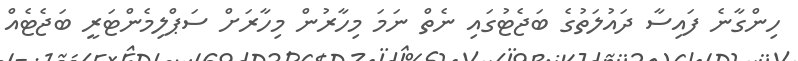
ހިންގާނެ ފައިސާ ދައުލަތުގެ ބަޖެޓުގައި ނެތް ނަމަ މިހާރުން މިހާރަށް ސަޕްލިމެންޓަރީ ބަޖެޓެއް